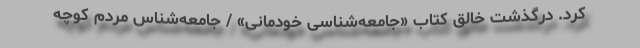
کرد. درگذشت خالق کتاب «جامعه‌شناسی خودمانی» / جامعه‌شناس مردم کوچه